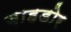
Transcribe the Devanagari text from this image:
बाहडोर